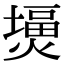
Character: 𤎪